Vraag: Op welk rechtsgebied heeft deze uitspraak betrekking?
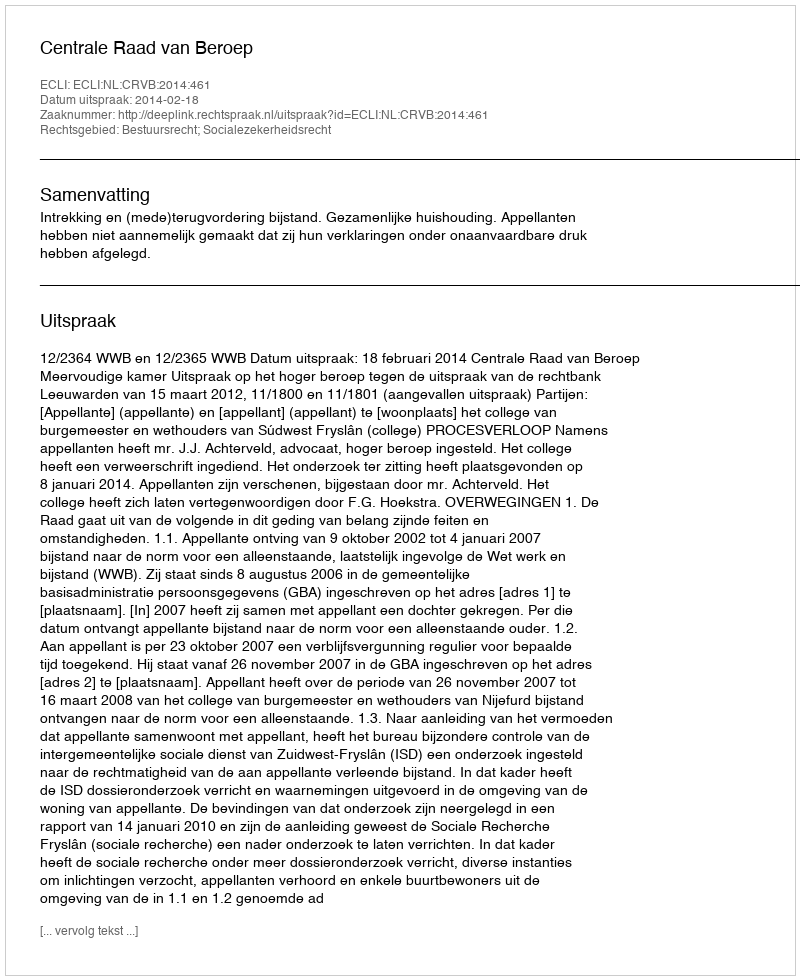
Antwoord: Bestuursrecht; Socialezekerheidsrecht